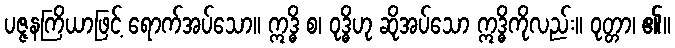
ပဇ္ဇနကြိယာဖြင့် ရောက်အပ်သော။ ဣဒ္ဓိ စ၊ ဝုဒ္ဓိဟု ဆိုအပ်သော ဣဒ္ဓိကိုလည်း။ ဝုတ္တာ၊ ၏။